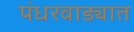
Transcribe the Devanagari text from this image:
पंधरवाड्यात